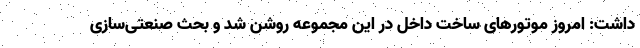
داشت: امروز موتورهای ساخت داخل در این مجموعه روشن شد و بحث صنعتی‌سازی